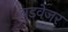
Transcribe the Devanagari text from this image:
बुडवेजर